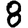
Digit: 8